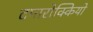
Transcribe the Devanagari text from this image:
टमारोक्कियो